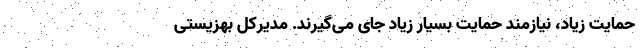
حمایت زیاد، نیازمند حمایت بسیار زیاد جای می‌گیرند. مدیرکل بهزیستی